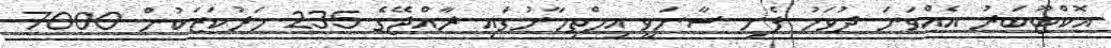
އޮކްޓޫބަރު އެއްވަނަ ދުވަހު ފެށި ސާނަވީ އިމްތިހާނުގައި ރާއްޖޭގެ 235 މަރުކަޒަކުން 7000